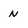
Character: N